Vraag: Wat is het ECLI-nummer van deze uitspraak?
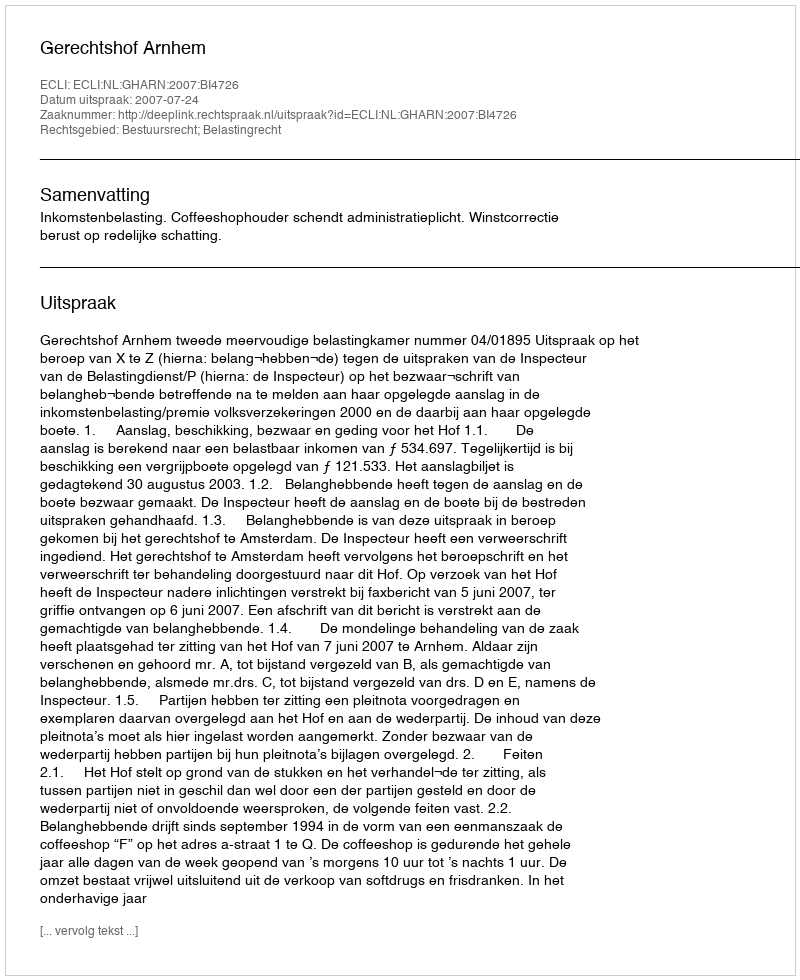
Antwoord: ECLI:NL:GHARN:2007:BI4726